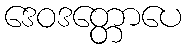
ဒေဝဒတ္တောပေ